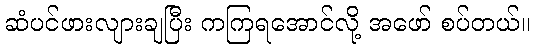
ဆံပင်ဖားလျားချပြီး ကကြရအောင်လို့ အဖော် စပ်တယ်။